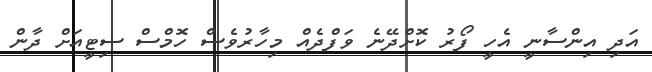
އަދި އިންސާނީ އެހީ ފޯރު ކޮށްދޭނެ ވަފްދެއް މިހާރުވެސް ހޮމްސް ސިޓީއަށް ދާން